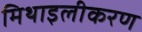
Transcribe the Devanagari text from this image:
मिथाइलीकरण